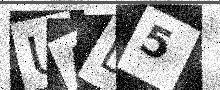
Text: UAD5